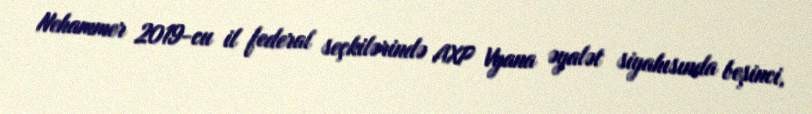
Nehammer 2019-cu il federal seçkilərində AXP Vyana əyalət siyahısında beşinci,